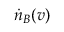
\dot { n } _ { B } ( v )